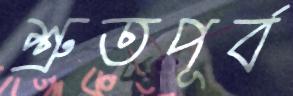
শ্রুতপূর্ব